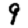
Digit: 9